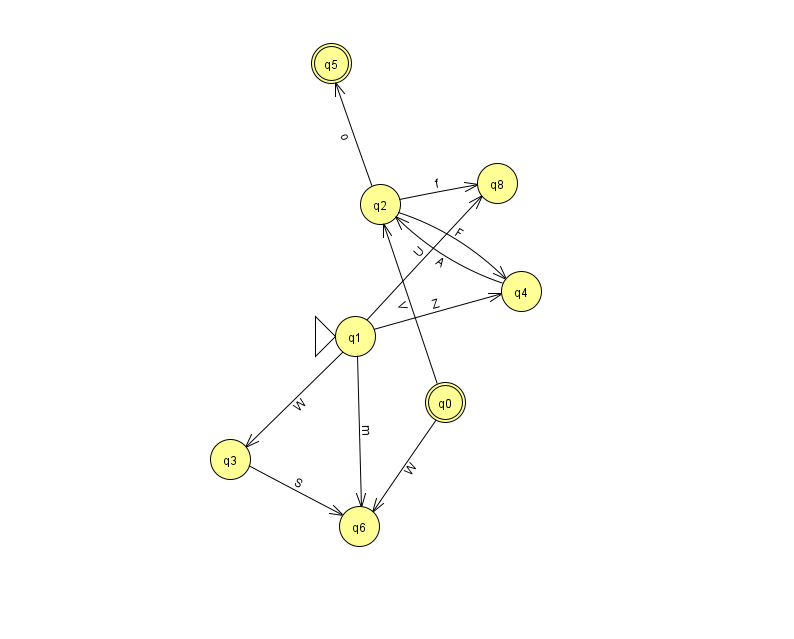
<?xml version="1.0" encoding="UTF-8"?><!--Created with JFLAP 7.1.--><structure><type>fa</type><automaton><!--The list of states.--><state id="0" name="q0"><x>445.0</x><y>389.0</y><final/></state><state id="1" name="q1"><x>355.0</x><y>323.0</y><initial/></state><state id="2" name="q2"><x>380.0</x><y>191.0</y></state><state id="3" name="q3"><x>230.0</x><y>446.0</y></state><state id="4" name="q4"><x>521.0</x><y>278.0</y></state><state id="5" name="q5"><x>331.0</x><y>50.0</y><final/></state><state id="6" name="q6"><x>359.0</x><y>513.0</y></state><state id="8" name="q8"><x>497.0</x><y>170.0</y></state><!--The list of transitions.--><transition><from>2</from><to>8</to><read>f</read></transition><transition><from>1</from><to>8</to><read>U</read></transition><transition><from>2</from><to>5</to><read>o</read></transition><transition><from>1</from><to>4</to><read>Z</read></transition><transition><from>0</from><to>2</to><read>V</read></transition><transition><from>2</from><to>4</to><read>F</read></transition><transition><from>3</from><to>6</to><read>S</read></transition><transition><from>1</from><to>3</to><read>W</read></transition><transition><from>1</from><to>6</to><read>m</read></transition><transition><from>0</from><to>6</to><read>W</read></transition><transition><from>4</from><to>2</to><read>A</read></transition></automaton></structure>